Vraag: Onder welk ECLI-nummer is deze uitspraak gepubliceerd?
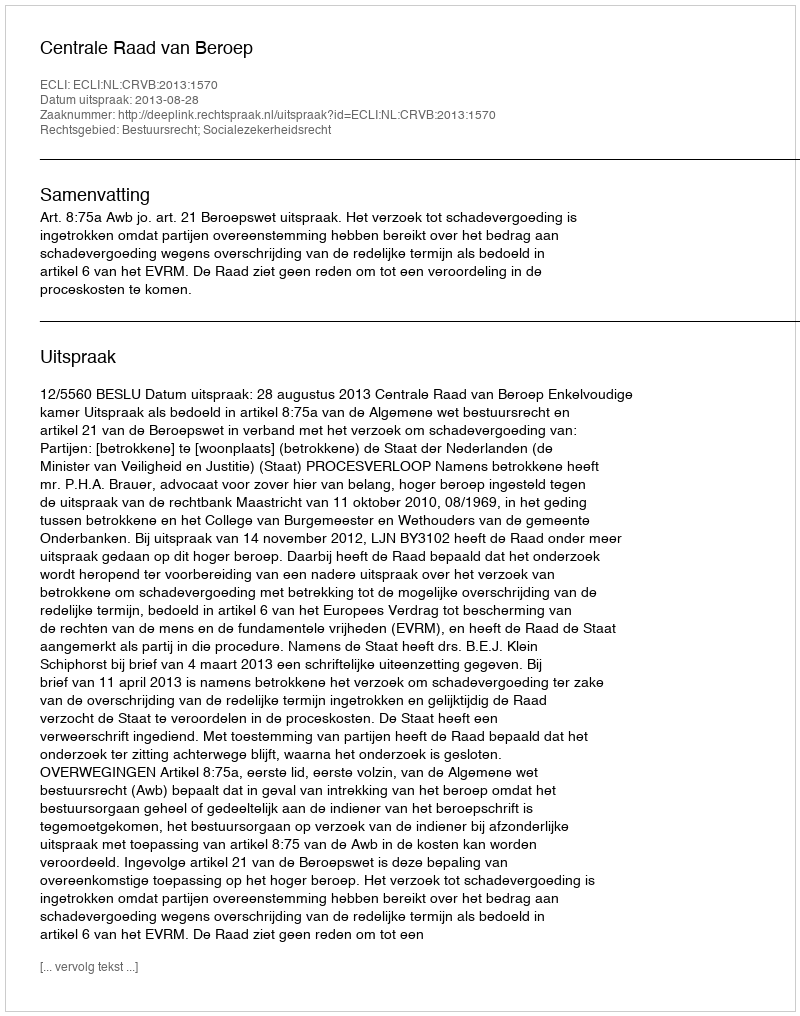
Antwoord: ECLI:NL:CRVB:2013:1570